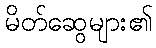
မိတ်ဆွေများ၏